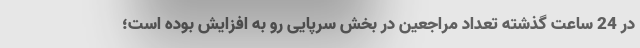
در 24 ساعت گذشته تعداد مراجعین در بخش سرپایی رو به افزایش بوده است؛